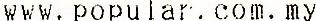
WWW.POPULAR.COM.MY